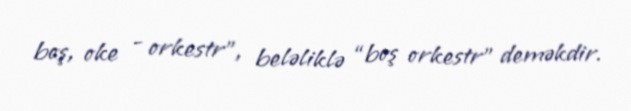
boş, oke - orkestr”, beləliklə “boş orkestr” deməkdir.